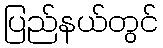
ပြည်နယ်တွင်